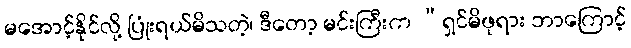
မအောင့်နိုင်လို့ ပြုံးရယ်မိသတဲ့၊ ဒီတော့ မင်းကြီးက “ရှင်မိဖုရား ဘာကြောင့်